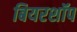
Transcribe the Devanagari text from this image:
बियरशॉप